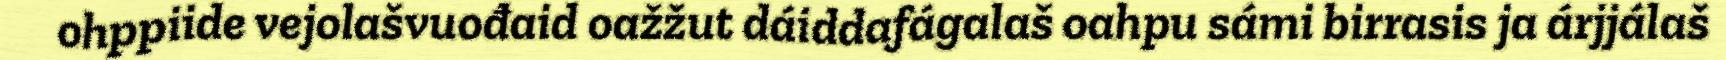
ohppiide vejolašvuođaid oažžut dáiddafágalaš oahpu sámi birrasis ja árjjálaš